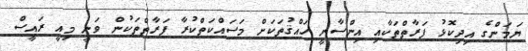
ޔަމަންގެ އިދިކޮޅު ފަރާތްތަކާއި އިންސާނީ ހައްޤުތަކަށް މަސައްކަތްކުރާ ފަރާތްތަކުން ވަނީ މިއީ ރައީސް